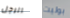
الرجل بوليت